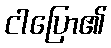
ငါပြော၏